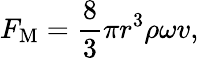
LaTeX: F_{\mathrm{M}}={\frac{8}{3}}\pi r^{3}\rho\omega v,